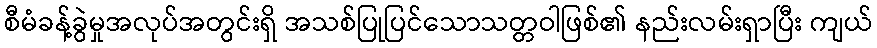
စီမံခန့်ခွဲမှုအလုပ်အတွင်းရှိ အသစ်ပြုပြင်သောသတ္တဝါဖြစ်၏ နည်းလမ်းရှာပြီး ကျယ်